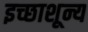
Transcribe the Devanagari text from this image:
इच्छाशून्य